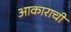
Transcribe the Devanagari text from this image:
आकाराचीं